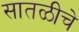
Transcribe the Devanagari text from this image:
सातळीचे